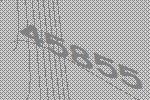
45855